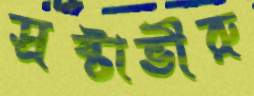
স্রষ্টাভীরু